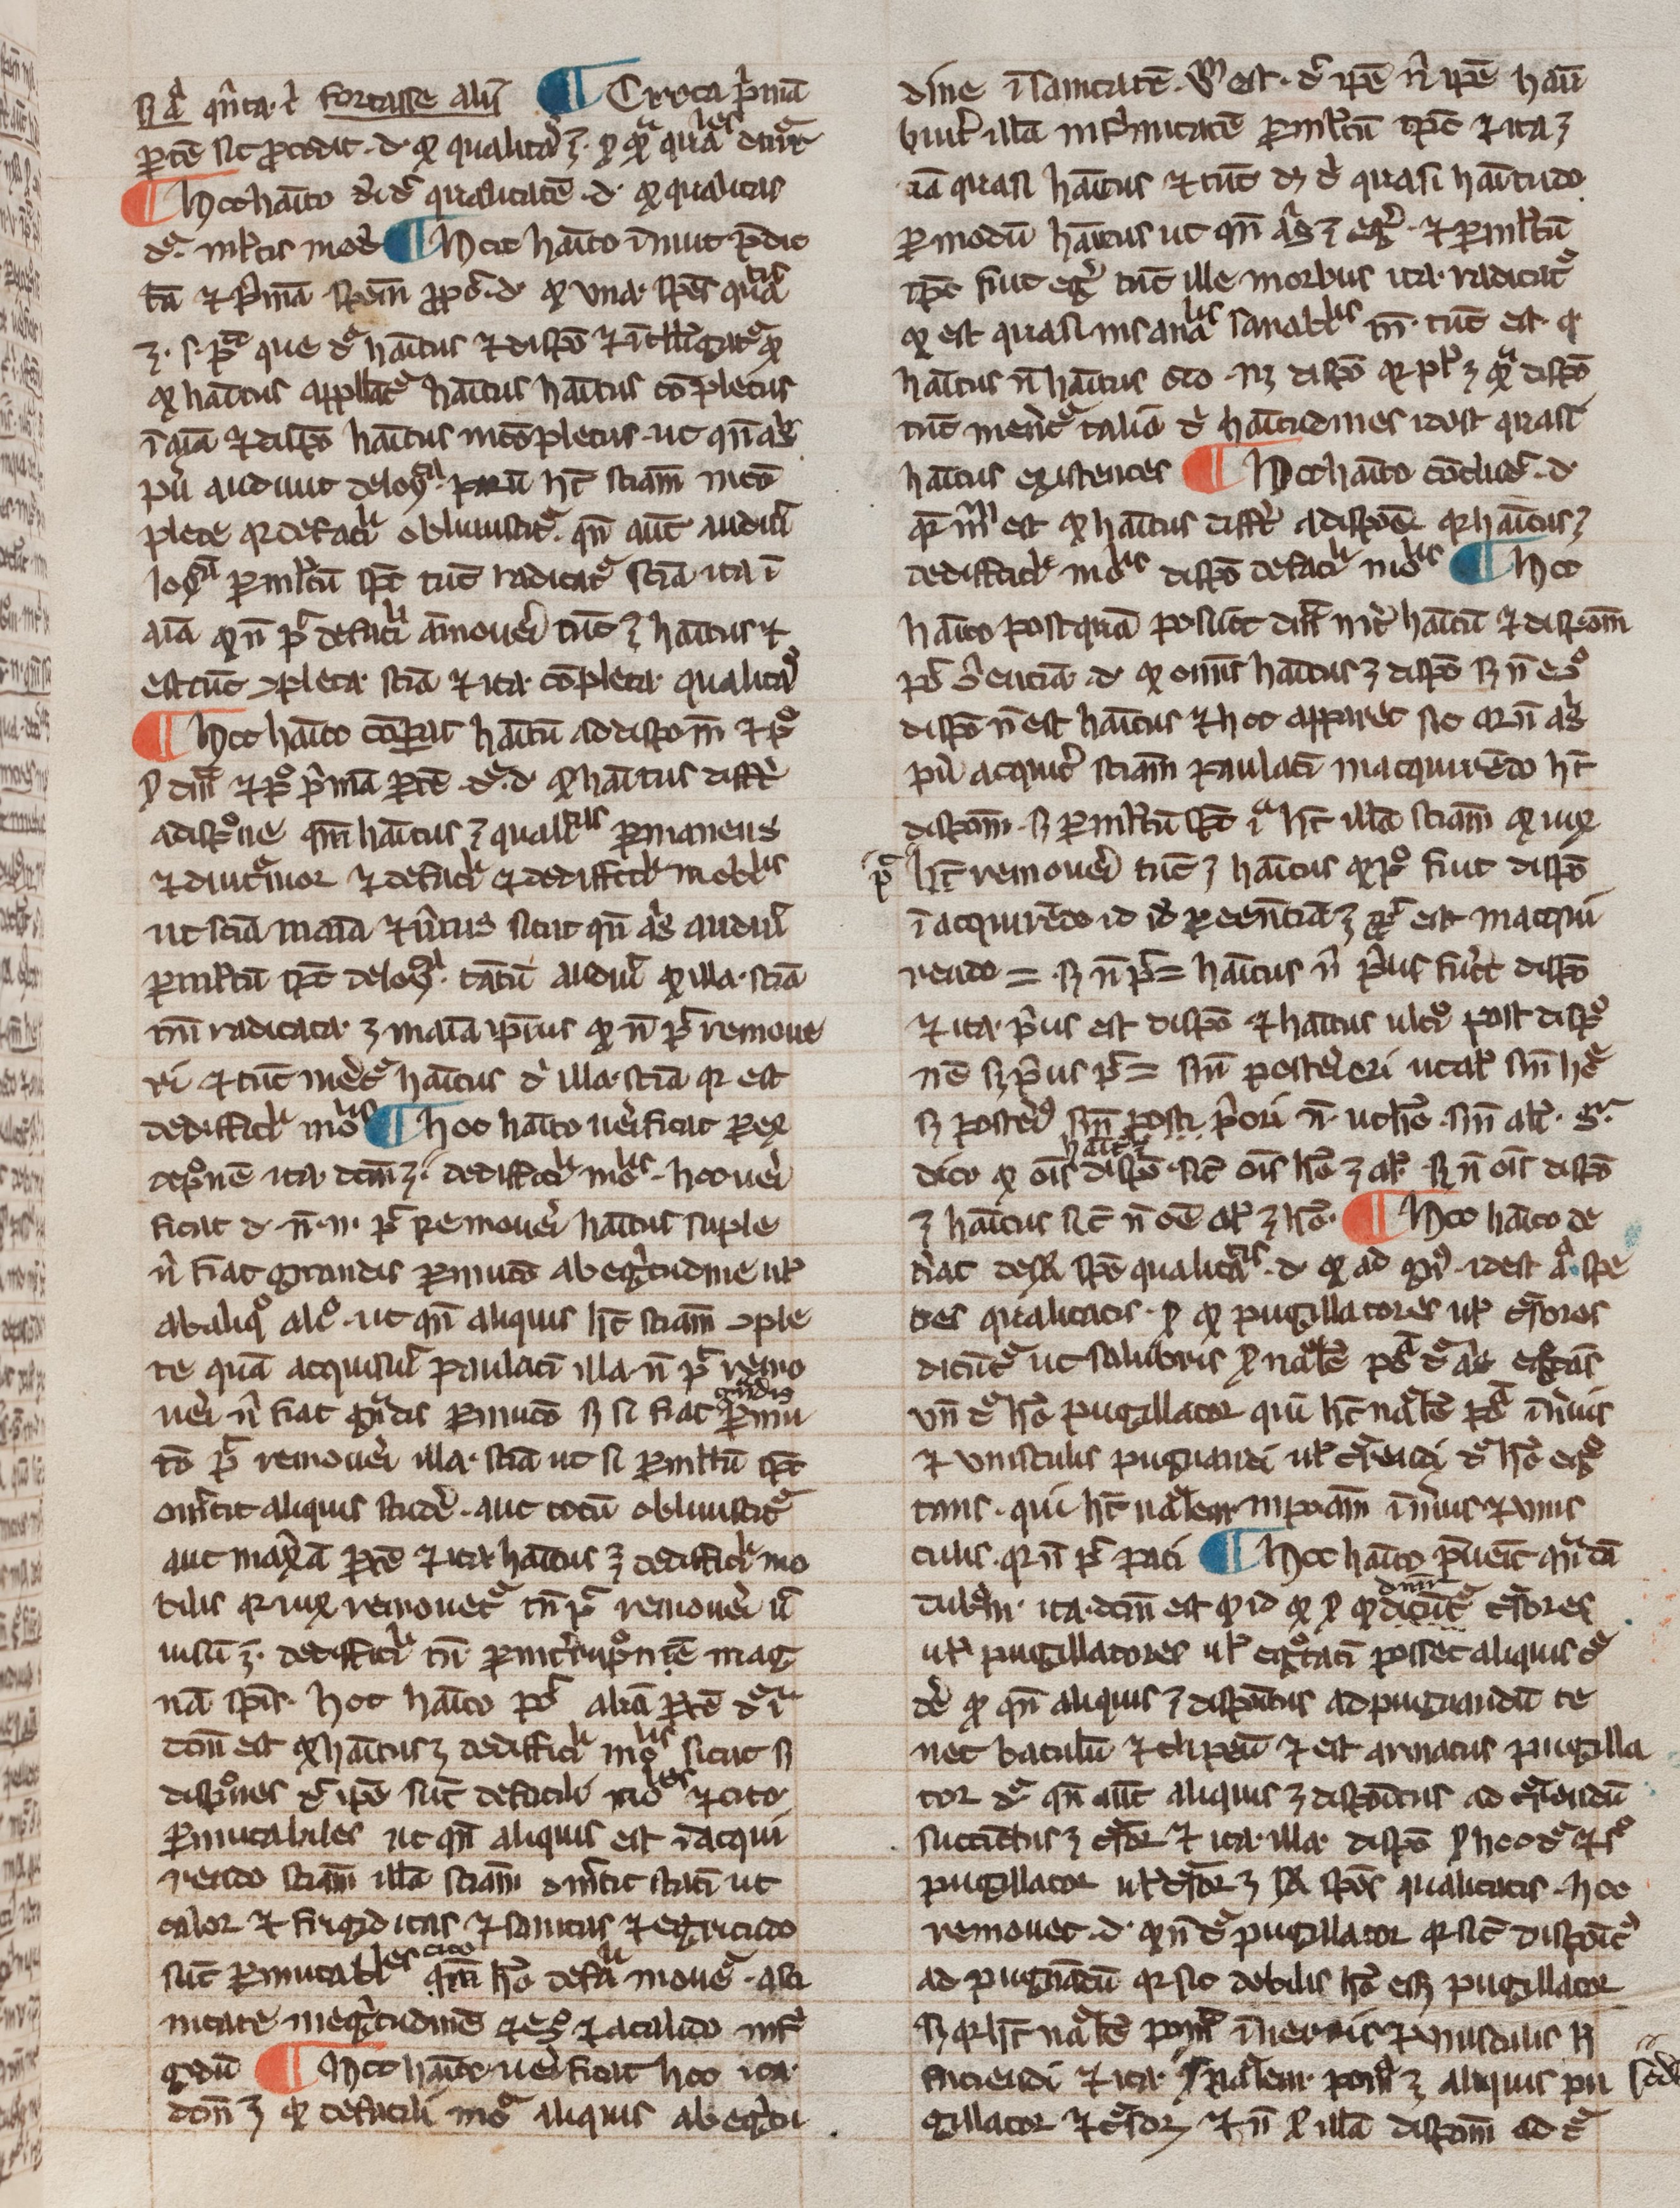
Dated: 1200–1399